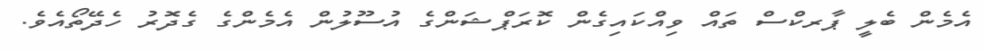
އެމެން ބެލީ ޕާރކްސް ތައް ވިއްކައިގެން ކޮަރަޕްޝަންގެ އުސޫލުން އެމެންގެ ގެދޮރު ހެދޭތޯއެވެ.